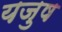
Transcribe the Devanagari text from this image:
यजुष